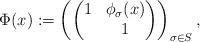
LaTeX: \begin{align*}\Phi(x):=\left(\begin{pmatrix} 1&\phi_{\sigma}(x) \\ &1 \end{pmatrix} \right)_{\sigma\in S},\end{align*}